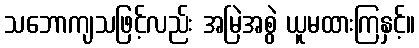
သဘောကျသဖြင့်လည်း အမြဲအစွဲ ယူမထားကြနှင့်။